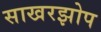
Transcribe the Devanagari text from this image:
साखरझोप